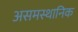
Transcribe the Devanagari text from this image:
असमस्थानिक